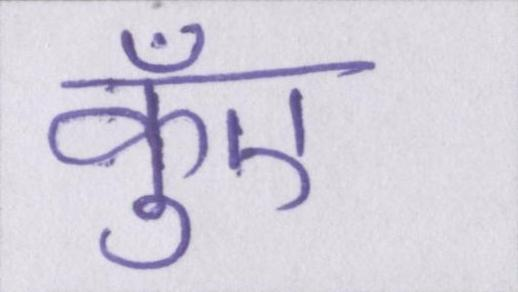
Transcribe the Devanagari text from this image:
कुँए